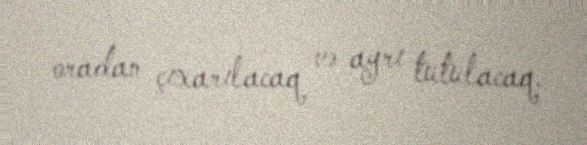
oradan çıxarılacaq və ayrı tutulacaq.